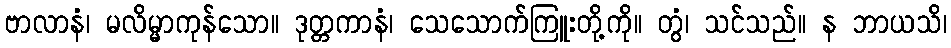
ဗာလာနံ၊ မလိမ္မာကုန်သော။ ဒုတ္တကာနံ၊ သေသောက်ကြူးတို့ကို။ တွံ၊ သင်သည်။ န ဘာယသိ၊